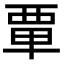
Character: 𫟛